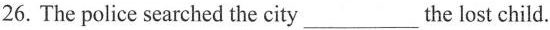
26. The police searched the city___the lost child.